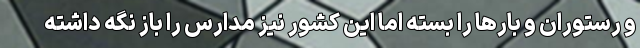
و رستوران و بارها را بسته اما این کشور نیز مدارس را باز نگه داشته